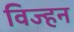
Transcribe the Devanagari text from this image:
विज्हन